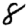
Digit: 8